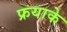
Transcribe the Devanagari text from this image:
फ्रयाके